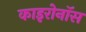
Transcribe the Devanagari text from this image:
काइरोनॉस